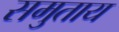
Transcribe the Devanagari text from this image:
समुताय